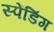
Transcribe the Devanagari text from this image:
स्पेंडिंग